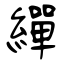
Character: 繟